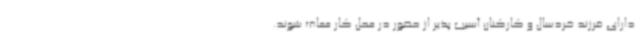
دارای فرزند خردسال و کارکنان آسیب پذیر از حضور در محل کار معاف شوند.